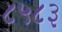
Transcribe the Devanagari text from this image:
८५८३